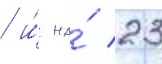
/ и́ на́ 23